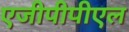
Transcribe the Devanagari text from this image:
एजीपीपीएल